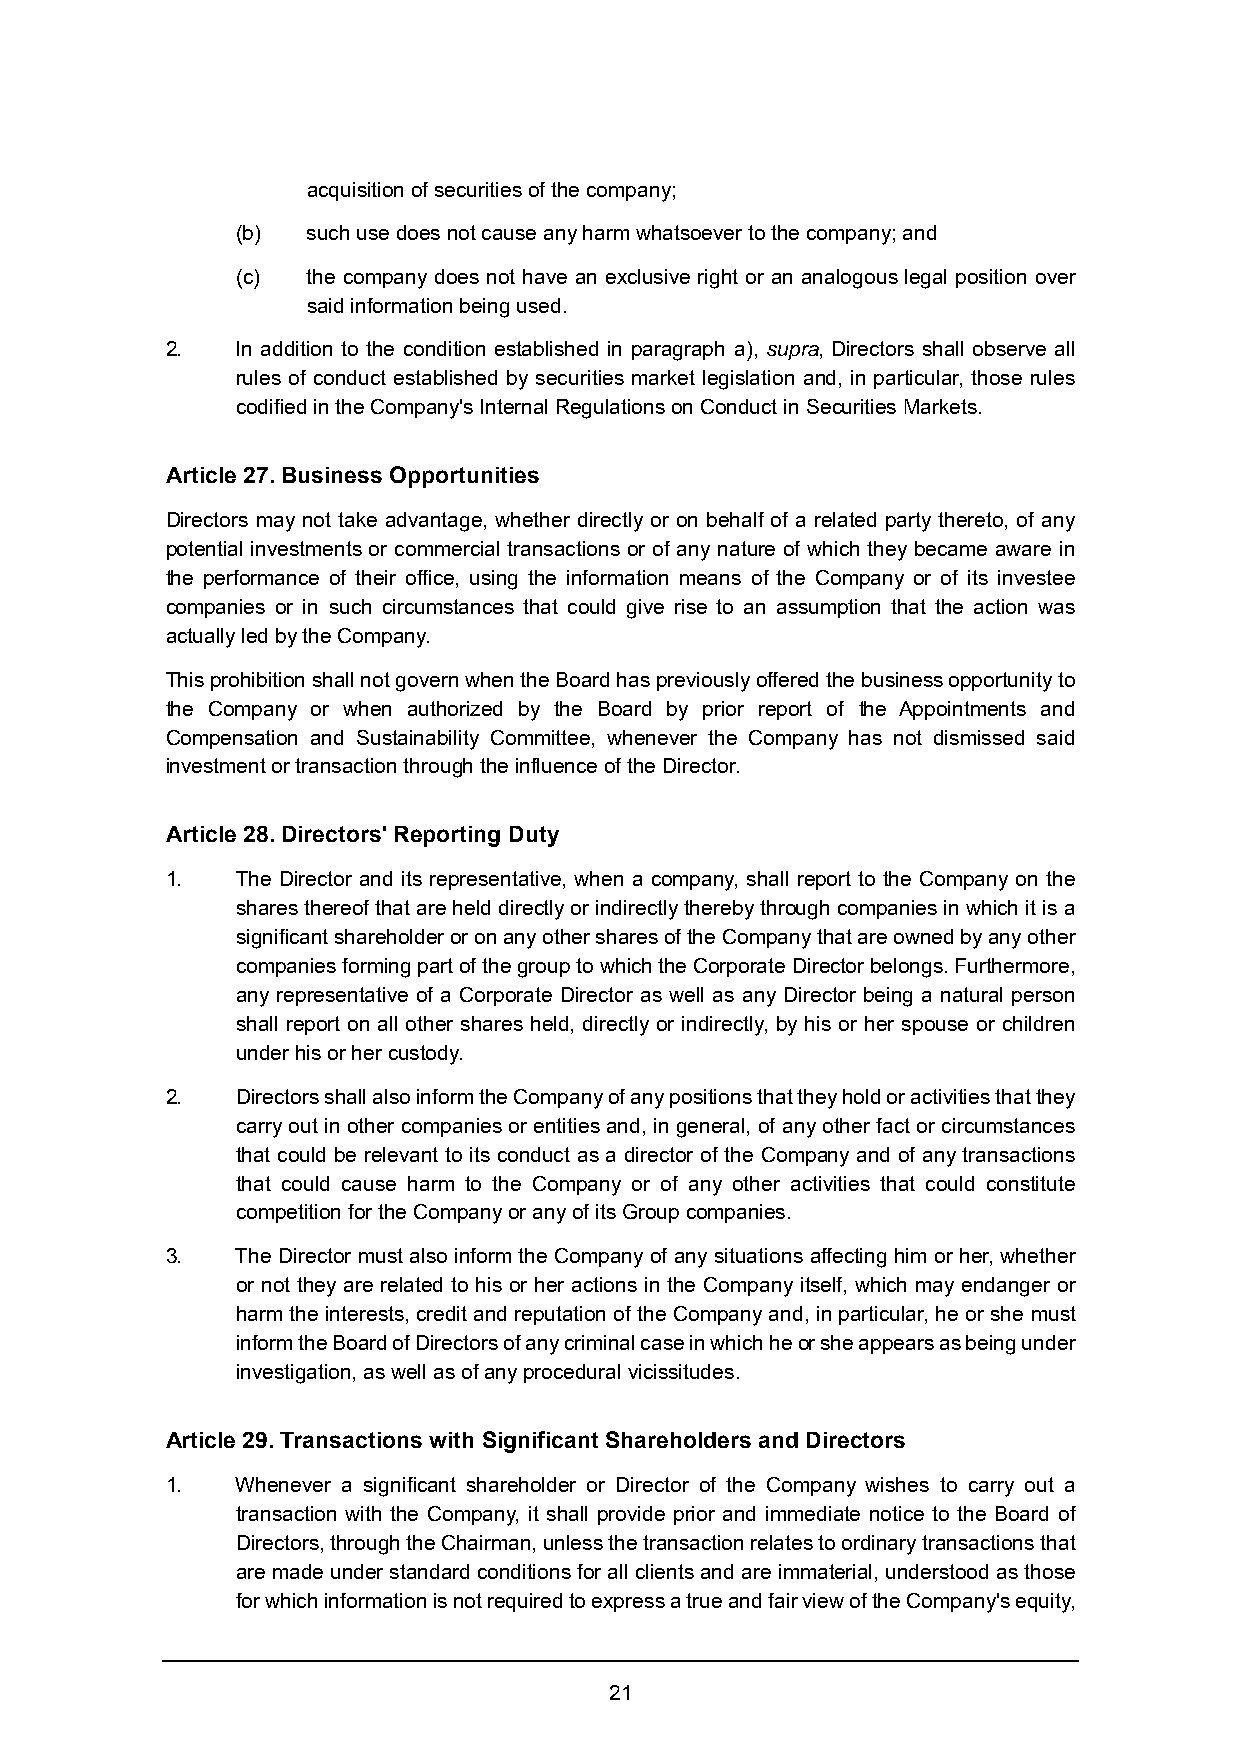
acquisition of securities of the company;
 (b) such use does not cause any harm whatsoever to the company; and
 (c) the company does not have an exclusive right or an analogous legal position over
 said information being used.
 2.   In addition to the condition established in paragraph a), supra, Directors shall observe all
 rules of conduct established by securities market legislation and, in particular, those rules
 codified in the Company's Internal Regulations on Conduct in Securities Markets.
 Article 27. Business Opportunities
 Directors may not take advantage, whether directly or on behalf of a related party thereto, of any
 potential investments or commercial transactions or of any nature of which they became aware in
 the performance of their office, using the information means of the Company or of its investee
 companies or in such circumstances that could give rise to an assumption that the action was
 actually led by the Company.
 This prohibition shall not govern when the Board has previously offered the business opportunity to
 the Company or when authorized by the Board by prior report of the Appointments and
 Compensation and Sustainability Committee, whenever the Company has not dismissed said
 investment or transaction through the influence of the Director.
 Article 28. Directors' Reporting Duty
 1.   The Director and its representative, when a company, shall report to the Company on the
 shares thereof that are held directly or indirectly thereby through companies in which it is a
 significant shareholder or on any other shares of the Company that are owned by any other
 companies forming part of the group to which the Corporate Director belongs. Furthermore,
 any representative of a Corporate Director as well as any Director being a natural person
 shall report on all other shares held, directly or indirectly, by his or her spouse or children
 under his or her custody.
 2.   Directors shall also inform the Company of any positions that they hold or activities that they
 carry out in other companies or entities and, in general, of any other fact or circumstances
 that could be relevant to its conduct as a director of the Company and of any transactions
 that could cause harm to the Company or of any other activities that could constitute
 competition for the Company or any of its Group companies.
 3.   The Director must also inform the Company of any situations affecting him or her, whether
 or not they are related to his or her actions in the Company itself, which may endanger or
 harm the interests, credit and reputation of the Company and, in particular, he or she must
 inform the Board of Directors of any criminal case in which he or she appears as being under
 investigation, as well as of any procedural vicissitudes.
 Article 29. Transactions with Significant Shareholders and Directors
 1.   Whenever a significant shareholder or Director of the Company wishes to carry out a
 transaction with the Company, it shall provide prior and immediate notice to the Board of
 Directors, through the Chairman, unless the transaction relates to ordinary transactions that
 are made under standard conditions for all clients and are immaterial, understood as those
 for which information is not required to express a true and fair view of the Company's equity,
 21